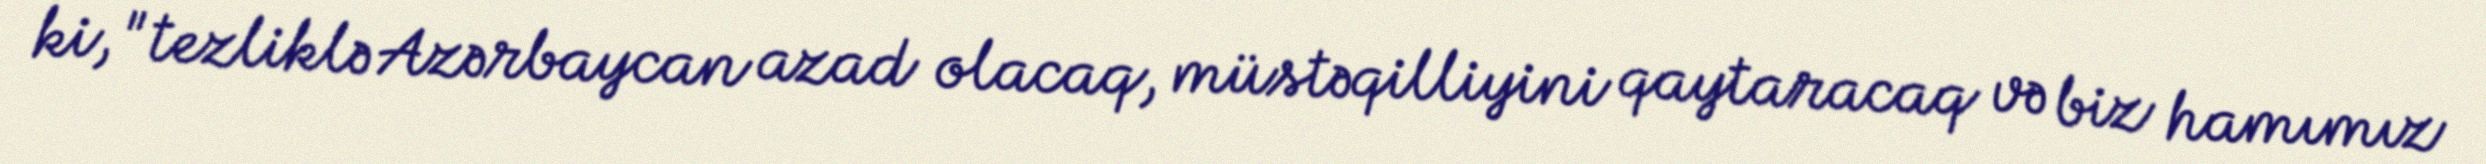
ki, "tezliklə Azərbaycan azad olacaq, müstəqilliyini qaytaracaq və biz hamımız